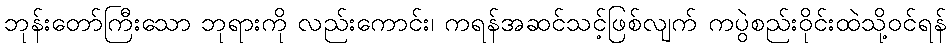
ဘုန်းတော်ကြီးသော ဘုရားကို လည်းကောင်း၊ ကရန်အဆင်သင့်ဖြစ်လျက် ကပွဲစည်းဝိုင်းထဲသို့ဝင်ရန်